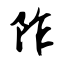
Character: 阼